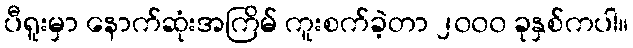
ပီရူးမှာ နောက်ဆုံးအကြိမ် ကူးစက်ခဲ့တာ ၂၀၀၀ ခုနှစ်ကပါ။